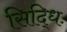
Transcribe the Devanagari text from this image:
सिद्धिः